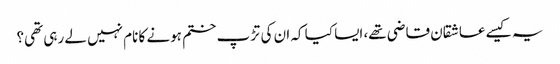
یہ کیسے عاشقان قاضی تھے، ایسا کیا کہ ان کی تڑپ ختم ہونے کا نام نہیں لے رہی تھی؟